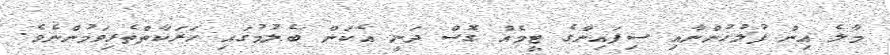
މާލެ އިން ފުލުހުންނާއި ސިފައިންގެ ޓީމެއް ގޮސް ދަނީ އެކަން ބެލުމުގައި ހަރަކާތްތެރިވަމުންނެވެ.